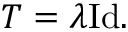
T = \lambda { \mathrm { I d } } .